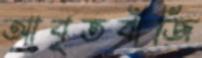
আবৃতবীজি